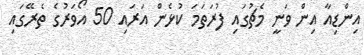
އިންޑިއާ އިން ވަނީ މެޗުގައި ފުރަތަމަ ކުޅެން އަރައި 50 އޯވަރުގެ ތެރޭގައި